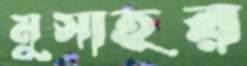
মুসাহর